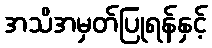
အသိအမှတ်ပြုရန်နှင့်